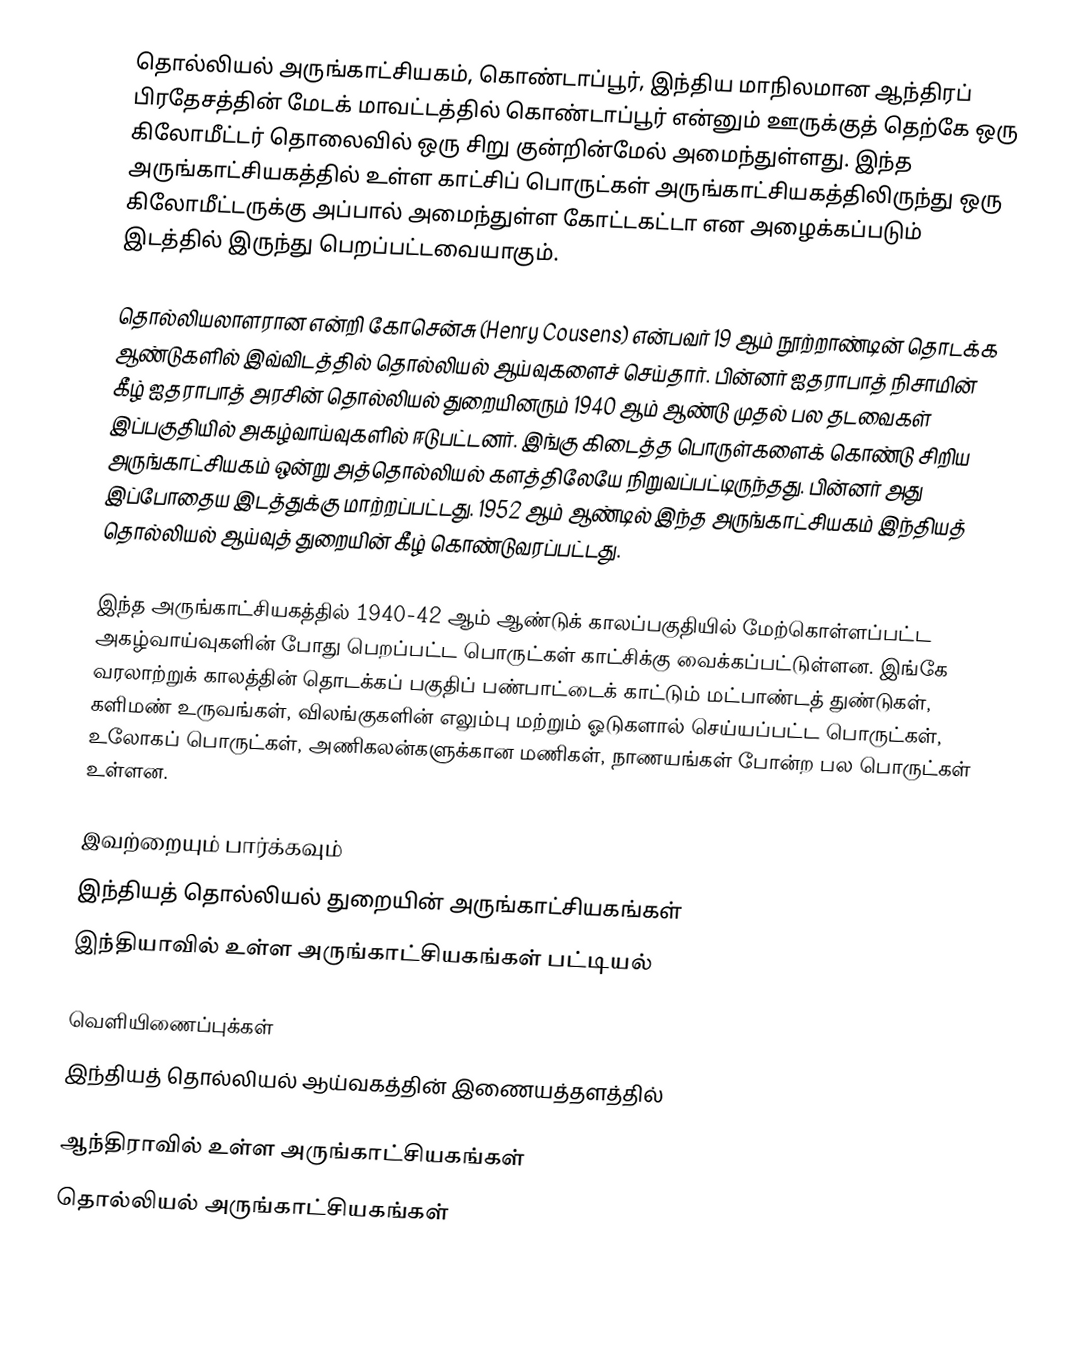
தொல்லியல் அருங்காட்சியகம், கொண்டாப்பூர், இந்திய மாநிலமான ஆந்திரப் பிரதேசத்தின் மேடக் மாவட்டத்தில் கொண்டாப்பூர் என்னும் ஊருக்குத் தெற்கே ஒரு கிலோமீட்டர் தொலைவில் ஒரு சிறு குன்றின்மேல் அமைந்துள்ளது. இந்த அருங்காட்சியகத்தில் உள்ள காட்சிப் பொருட்கள் அருங்காட்சியகத்திலிருந்து ஒரு கிலோமீட்டருக்கு அப்பால் அமைந்துள்ள கோட்டகட்டா என அழைக்கப்படும் இடத்தில் இருந்து பெறப்பட்டவையாகும்.

தொல்லியலாளரான என்றி கோசென்சு (Henry Cousens) என்பவர் 19 ஆம் நூற்றாண்டின் தொடக்க ஆண்டுகளில் இவ்விடத்தில் தொல்லியல் ஆய்வுகளைச் செய்தார். பின்னர் ஐதராபாத் நிசாமின் கீழ் ஐதராபாத் அரசின் தொல்லியல் துறையினரும் 1940 ஆம் ஆண்டு முதல் பல தடவைகள் இப்பகுதியில் அகழ்வாய்வுகளில் ஈடுபட்டனர். இங்கு கிடைத்த பொருள்களைக் கொண்டு சிறிய அருங்காட்சியகம் ஒன்று அத்தொல்லியல் களத்திலேயே நிறுவப்பட்டிருந்தது. பின்னர் அது இப்போதைய இடத்துக்கு மாற்றப்பட்டது. 1952 ஆம் ஆண்டில் இந்த அருங்காட்சியகம் இந்தியத் தொல்லியல் ஆய்வுத் துறையின் கீழ் கொண்டுவரப்பட்டது.

இந்த அருங்காட்சியகத்தில் 1940-42 ஆம் ஆண்டுக் காலப்பகுதியில் மேற்கொள்ளப்பட்ட அகழ்வாய்வுகளின் போது பெறப்பட்ட பொருட்கள் காட்சிக்கு வைக்கப்பட்டுள்ளன. இங்கே வரலாற்றுக் காலத்தின் தொடக்கப் பகுதிப் பண்பாட்டைக் காட்டும் மட்பாண்டத் துண்டுகள், களிமண் உருவங்கள், விலங்குகளின் எலும்பு மற்றும் ஓடுகளால் செய்யப்பட்ட பொருட்கள், உலோகப் பொருட்கள், அணிகலன்களுக்கான மணிகள், நாணயங்கள் போன்ற பல பொருட்கள் உள்ளன.

இவற்றையும் பார்க்கவும்
 இந்தியத் தொல்லியல் துறையின் அருங்காட்சியகங்கள்
 இந்தியாவில் உள்ள அருங்காட்சியகங்கள் பட்டியல்

வெளியிணைப்புக்கள்
 இந்தியத் தொல்லியல் ஆய்வகத்தின் இணையத்தளத்தில்

ஆந்திராவில் உள்ள அருங்காட்சியகங்கள்
தொல்லியல் அருங்காட்சியகங்கள்